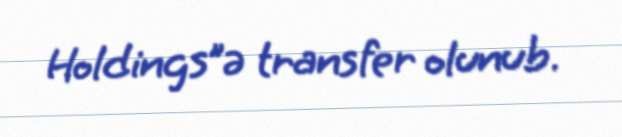
Holdings”ə transfer olunub.